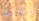
الشوط